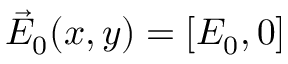
\vec { E } _ { 0 } ( x , y ) = [ E _ { 0 } , 0 ]